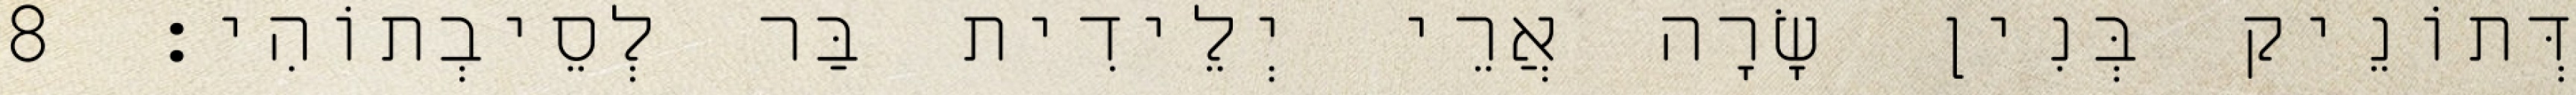
דְּתוֹנֵיק בְּנִין שָׂרָה אֲרֵי יְלֵידִית בַּר לְסֵיבְתוֹהִי׃ 8